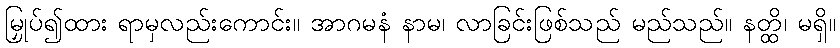
မြှုပ်၍ထား ရာမှလည်းကောင်း။ အာဂမနံ နာမ၊ လာခြင်းဖြစ်သည် မည်သည်။ နတ္ထိ၊ မရှိ။